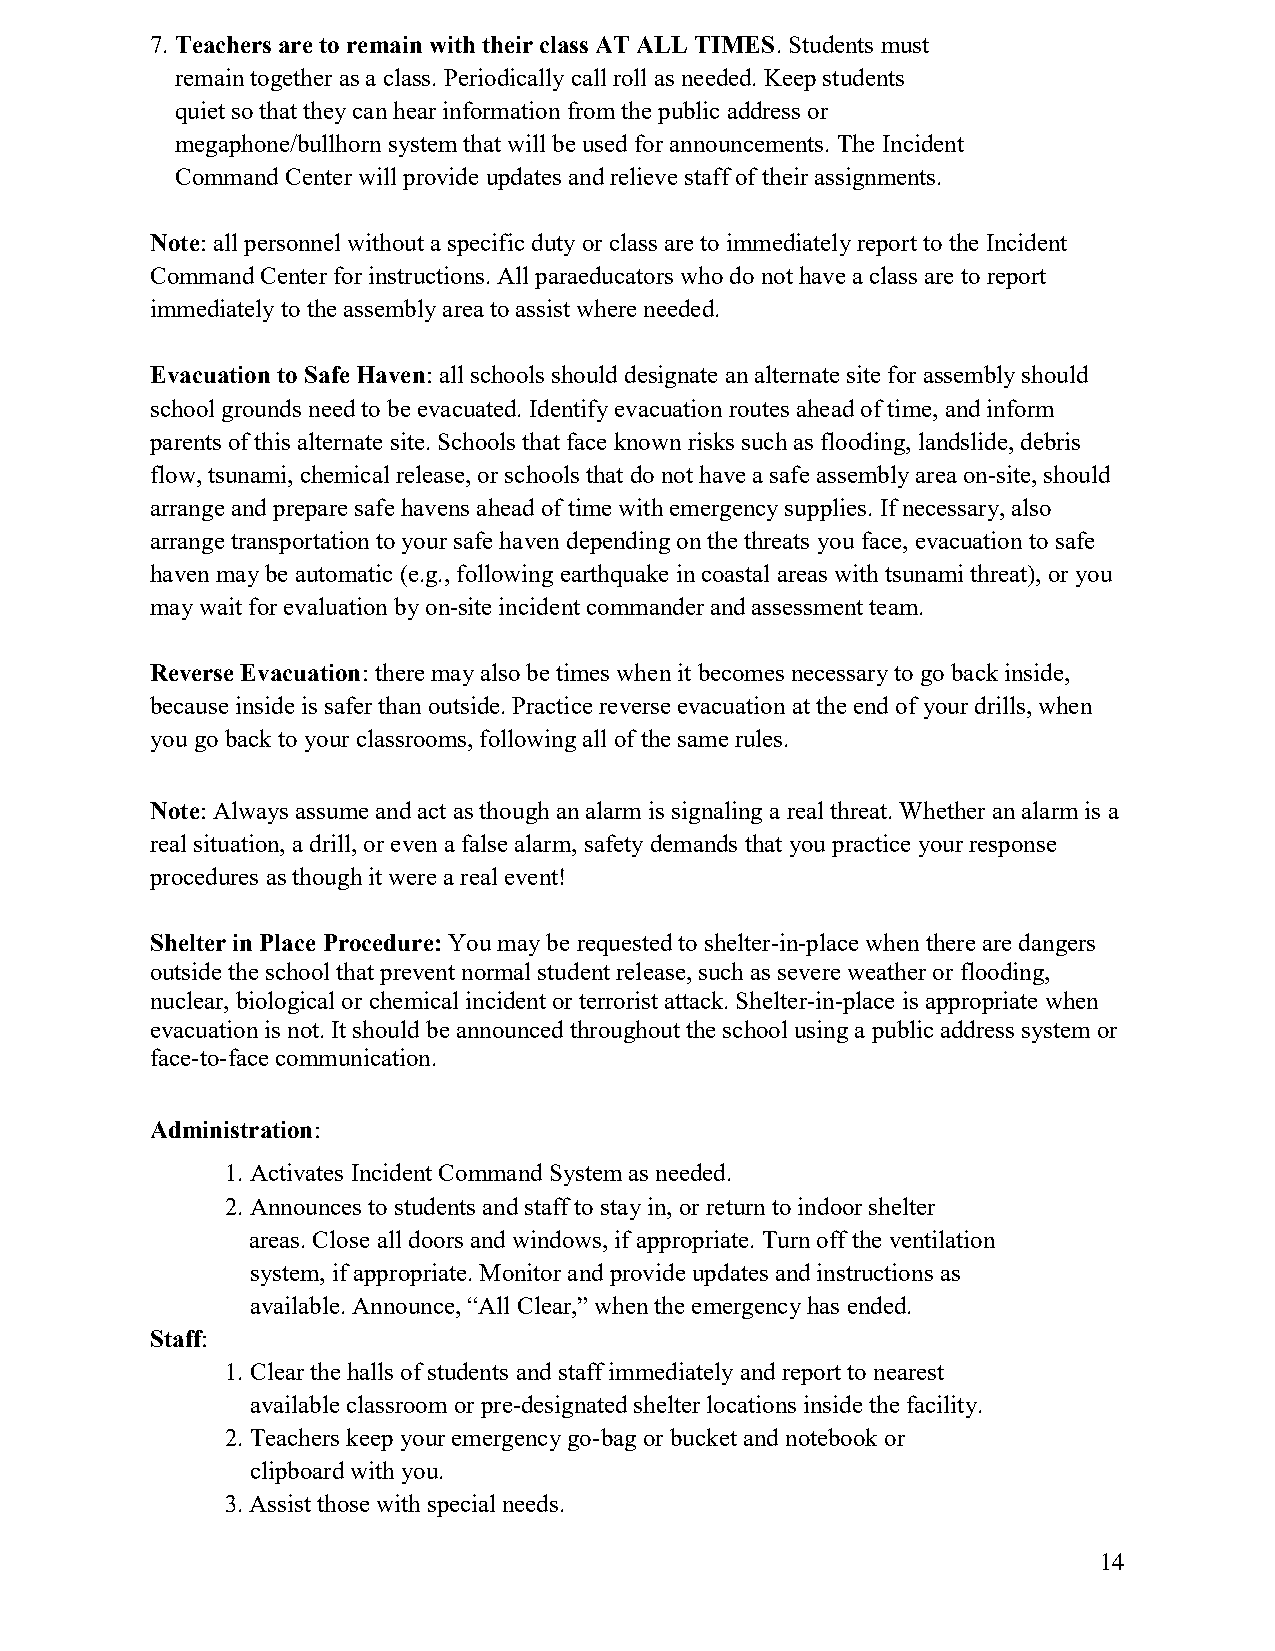
7. Teachers are to remain with their class AT ALL TIMES. Students must
 remain together as a class. Periodically call roll as needed. Keep students
 quiet so that they can hear information from the public address or
 megaphone/bullhorn system that will be used for announcements. The Incident
 Command Center will provide updates and relieve staff of their assignments.
 Note: all personnel without a specific duty or class are to immediately report to the Incident
 Command Center for instructions. All paraeducators who do not have a class are to report
 immediately to the assembly area to assist where needed.
 Evacuation to Safe Haven: all schools should designate an alternate site for assembly should
 school grounds need to be evacuated. Identify evacuation routes ahead of time, and inform
 parents of this alternate site. Schools that face known risks such as flooding, landslide, debris
 flow, tsunami, chemical release, or schools that do not have a safe assembly area on-site, should
 arrange and prepare safe havens ahead of time with emergency supplies. If necessary, also
 arrange transportation to your safe haven depending on the threats you face, evacuation to safe
 haven may be automatic (e.g., following earthquake in coastal areas with tsunami threat), or you
 may wait for evaluation by on-site incident commander and assessment team.
 Reverse Evacuation: there may also be times when it becomes necessary to go back inside,
 because inside is safer than outside. Practice reverse evacuation at the end of your drills, when
 you go back to your classrooms, following all of the same rules.
 Note: Always assume and act as though an alarm is signaling a real threat. Whether an alarm is a
 real situation, a drill, or even a false alarm, safety demands that you practice your response
 procedures as though it were a real event!
 Shelter in Place Procedure: You may be requested to shelter-in-place when there are dangers
 outside the school that prevent normal student release, such as severe weather or flooding,
 nuclear, biological or chemical incident or terrorist attack. Shelter-in-place is appropriate when
 evacuation is not. It should be announced throughout the school using a public address system or
 face-to-face communication.
 Administration:
 1. Activates Incident Command System as needed.
 2. Announces to students and staff to stay in, or return to indoor shelter
 areas. Close all doors and windows, if appropriate. Turn off the ventilation
 system, if appropriate. Monitor and provide updates and instructions as
 available. Announce, “All Clear,” when the emergency has ended.
 Staff:
 1. Clear the halls of students and staff immediately and report to nearest
 available classroom or pre-designated shelter locations inside the facility.
 2. Teachers keep your emergency go-bag or bucket and notebook or
 clipboard with you.
 3. Assist those with special needs.
 14